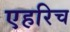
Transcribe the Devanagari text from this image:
एहरिच